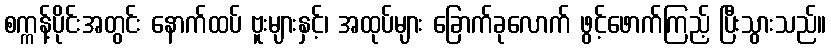
စက္ကန့်ပိုင်းအတွင်း နောက်ထပ် ဗူးများနှင့်၊ အထုပ်များ ခြောက်ခုလောက် ဖွင့်ဖောက်ကြည့် ပြီးသွားသည်။